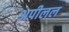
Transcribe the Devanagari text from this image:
अपीलल